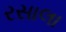
રસાલા